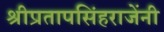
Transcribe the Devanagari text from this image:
श्रीप्रतापसिंहराजेंनी